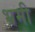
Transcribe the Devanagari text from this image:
भ्रमी